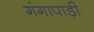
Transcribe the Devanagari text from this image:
गंगापाड़ी